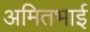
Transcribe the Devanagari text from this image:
अमितभाई